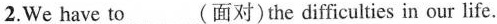
2.We have to___(面对)the difficulties in our life.